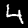
Digit: 4